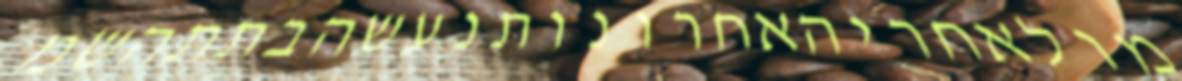
מולאחריהאחרונותנעשהבתתהשמ